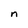
Character: n